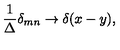
\frac { 1 } { \Delta } \delta _ { m n } \rightarrow \delta ( x - y ) ,